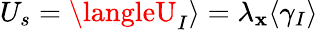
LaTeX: U_{s}=\langleU_{I}\rangle=\lambda_{\mathbf{x}}\langle\gamma_{I}\rangle